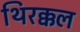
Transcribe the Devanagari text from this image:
थिरक्कल